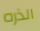
الذره